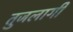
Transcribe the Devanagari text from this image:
तुजलागी